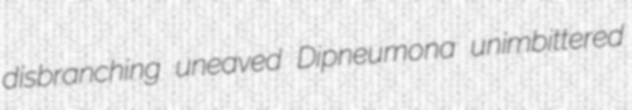
disbranching uneaved Dipneumona unimbittered